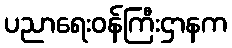
ပညာရေးဝန်ကြီးဌာနက